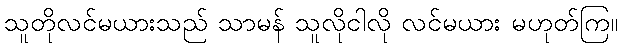
သူတိုလင်မယားသည် သာမန် သူလိုငါလို လင်မယား မဟုတ်ကြ။